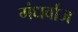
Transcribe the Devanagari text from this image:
गंधर्वाज